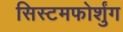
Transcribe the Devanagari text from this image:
सिस्टमफोर्शुंग